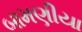
બામણીયા